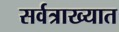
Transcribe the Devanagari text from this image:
सर्वत्राख्यात